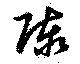
陳